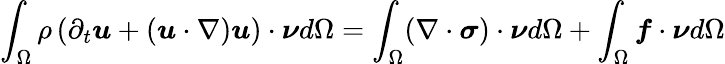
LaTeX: \int_{\Omega}\rho\left(\partial_{t}\boldsymbol{u}+(\boldsymbol{u}\cdot\nabla)\boldsymbol{u}\right)\cdot\boldsymbol{\nu}d\Omega=\int_{\Omega}(\nabla\cdot\boldsymbol{\sigma})\cdot\boldsymbol{\nu}d\Omega+\int_{\Omega}\boldsymbol{f}\cdot\boldsymbol{\nu}d\Omega